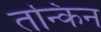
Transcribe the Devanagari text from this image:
तन्किन